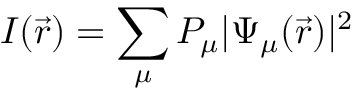
I ( \vec { r } ) = \sum _ { \mu } P _ { \mu } | \Psi _ { \mu } ( \vec { r } ) | ^ { 2 }